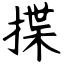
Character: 揲